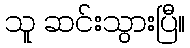
သူ ဆင်းသွားပြီ။